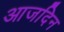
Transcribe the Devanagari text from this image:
आजदिन